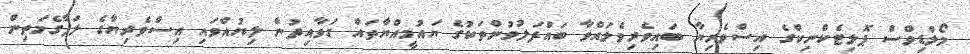
މޯލްޑިވްސް ޕޮލިޓެކްނިކްގެ އިސްވެރިޔާ ބައިވެރިވެލައްވާ ބައްދަލުވުންތަކުގެ ޔައުމީއްޔާތައް ގަވާއިދުން ލިޔުއްވައި އިސްވެރިޔާގެ ލަފާގެމަތިން